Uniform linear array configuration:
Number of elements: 24
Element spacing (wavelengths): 0.75
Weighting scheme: hann
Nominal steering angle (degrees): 15
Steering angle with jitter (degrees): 13.57
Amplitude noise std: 0.05
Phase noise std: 0.05

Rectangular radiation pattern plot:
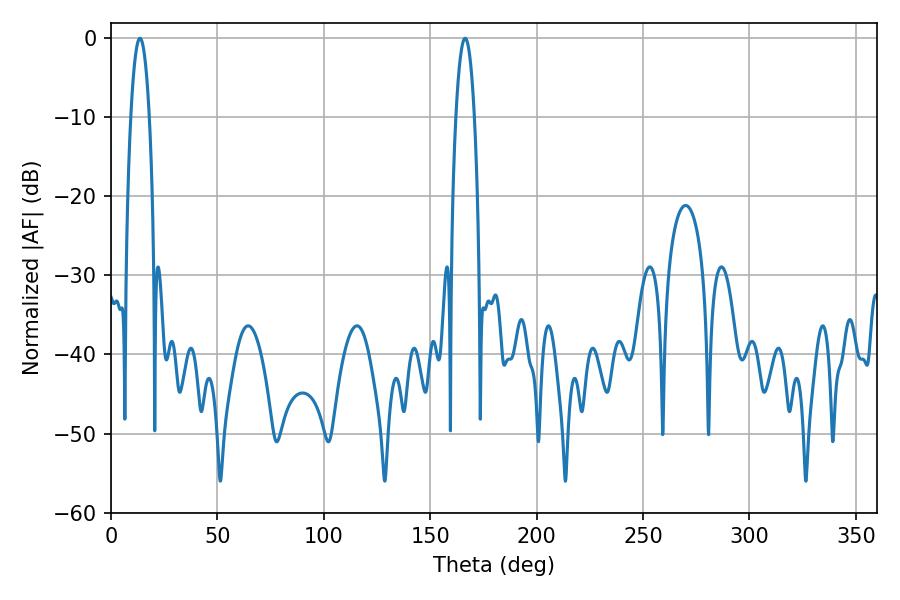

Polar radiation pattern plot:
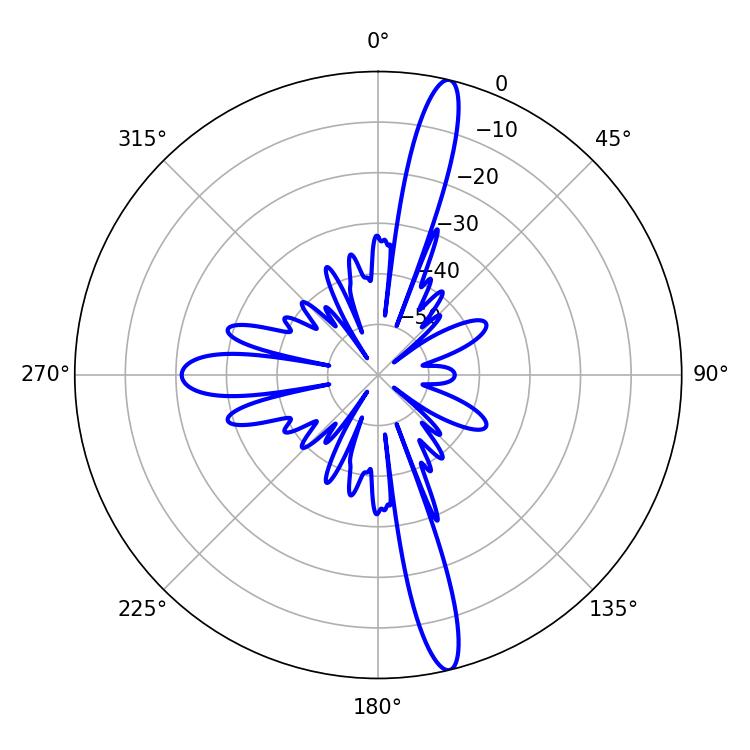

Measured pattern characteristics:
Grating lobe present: TRUE
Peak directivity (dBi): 16.876
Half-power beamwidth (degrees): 4.86
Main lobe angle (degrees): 13.68